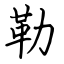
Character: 勒